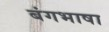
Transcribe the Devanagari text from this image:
बंगभाषा